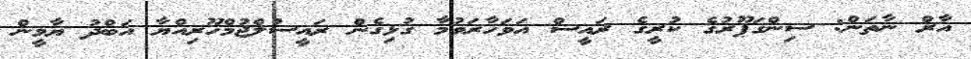
އާރް ނާތަން: ސިންގަޕޫރުގެ ކުރީގެ ރައީސް އަވަހާރަވުމާ ގުޅިގެން ރައީސުލްޖުމްހޫރިއްޔާ އަބްދު ޔާމީން